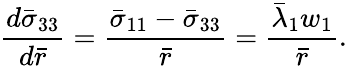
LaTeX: \frac{d\bar{\sigma}_{33}}{d\bar{r}}=\frac{\bar{\sigma}_{11}-\bar{\sigma}_{33}}{\bar{r}}=\frac{\bar{\lambda}_{1}w_{1}}{\bar{r}}.